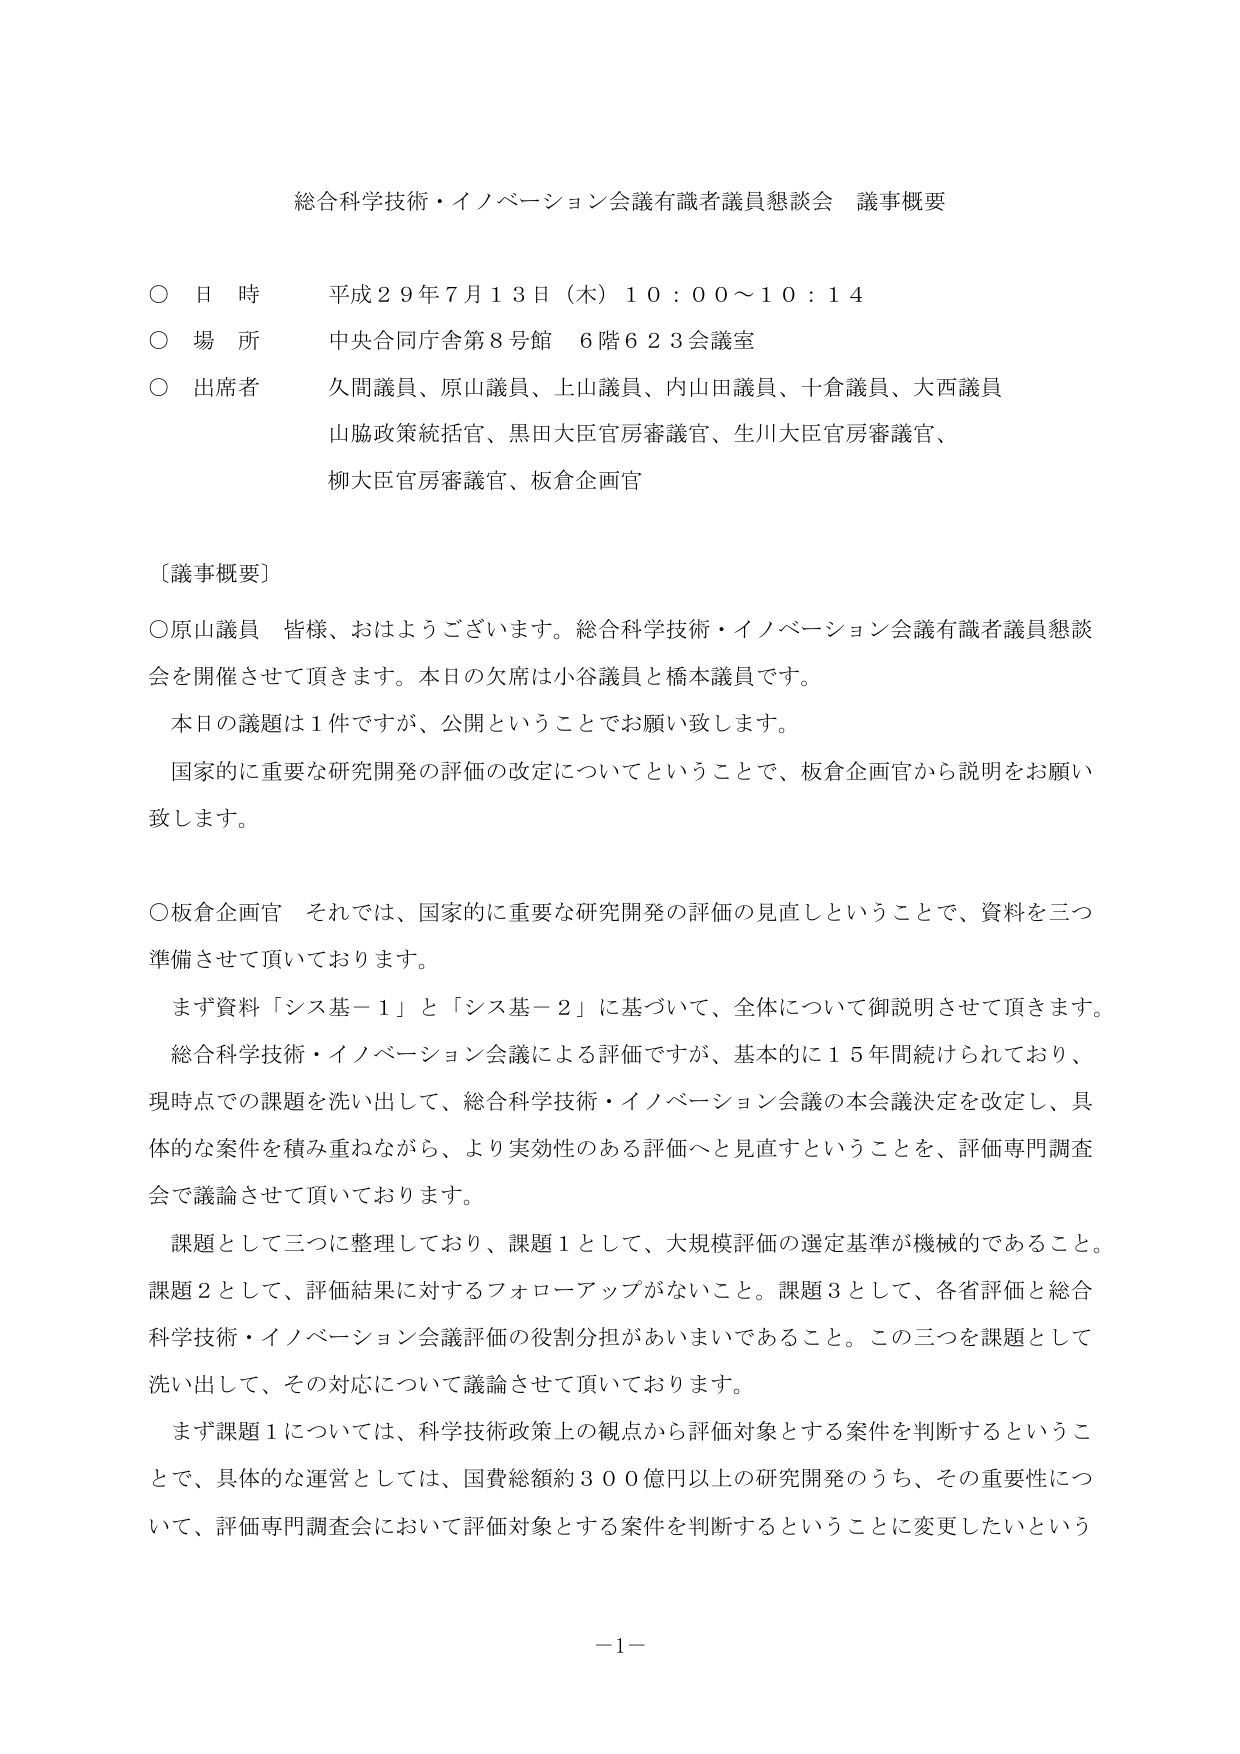
総合科学技術・イノベーション会議有識者議員懇談会 議事概要

○ 日 時 平成２９年７月１３日（木）１０：００～１０：１４
○ 場 所 中央合同庁舎第８号館 ６階６２３会議室
○ 出席者 久間議員、原山議員、上山議員、内山田議員、十倉議員、大西議員
　　　　　山脇政策統括官、黒田大臣官房審議官、生川大臣官房審議官、
　　　　　柳大臣官房審議官、板倉企画官

〔議事概要〕

○原山議員 皆様、おはようございます。総合科学技術・イノベーション会議有識者議員懇談会を開催させて頂きます。本日の欠席は小谷議員と橋本議員です。
　本日の議題は１件ですが、公開ということでお願い致します。
　国家的に重要な研究開発の評価の改定についてということで、板倉企画官から説明をお願い致します。

○板倉企画官 それでは、国家的に重要な研究開発の評価の見直しということで、資料を三つ準備させて頂いております。
　まず資料「シス基－１」と「シス基－２」に基づいて、全体について御説明させて頂きます。
　総合科学技術・イノベーション会議による評価ですが、基本的に１５年間続けられており、現時点での課題を洗い出して、総合科学技術・イノベーション会議の本会議決定を改定し、具体的な案件を積み重ねながら、より実効性のある評価へと見直すということを、評価専門調査会で議論させて頂いております。
　課題として三つに整理しており、課題１として、大規模評価の選定基準が機械的であること。課題２として、評価結果に対するフォローアップがないこと。課題３として、各省評価と総合科学技術・イノベーション会議評価の役割分担があいまいであること。この三つを課題として洗い出して、その対応について議論させて頂いております。
　まず課題１については、科学技術政策上の観点から評価対象とする案件を判断するということで、具体的な運営としては、国費総額約３００億円以上の研究開発のうち、その重要性について、評価専門調査会において評価対象とする案件を判断することに変更したいという

－１－